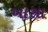
ખાસા